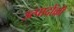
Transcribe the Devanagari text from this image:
उत्पादोंकी